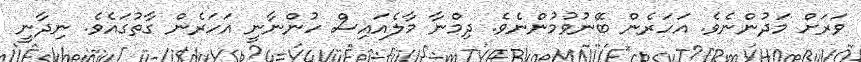
ވަރަށް މަދުންނެވެ. އަހަރެން ބޭނުވުމުންނެވެ. ދިމްނާ މާލެއައިސް ހުންނާނީ އަހަރެން ގާތުގައެވެ. ނިދާނީ